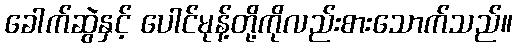
ခေါက်ဆွဲနှင့် ပေါင်မုန့်တို့ကိုလည်းစားသောက်သည်။